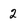
Character: 2